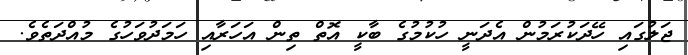
ޖަލުގައި ހޭދަކުރަމުން އެދަނީ ހުކުމުގެ ބާކީ އޮތް ތިން އަހަރާއި ހަމަދުވަހުގެ މުއްދަތެވެ.